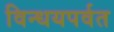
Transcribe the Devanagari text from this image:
विन्धयपर्वत